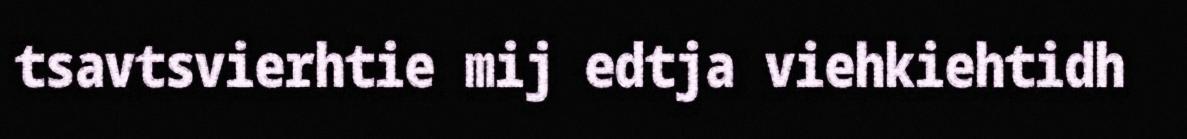
tsavtsvierhtie mij edtja viehkiehtidh